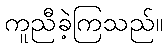
ကူညီခဲ့ကြသည်။